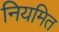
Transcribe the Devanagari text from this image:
नियमित